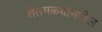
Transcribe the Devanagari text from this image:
शेतमळ्यांमधील